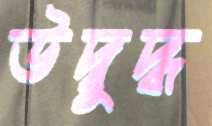
উদ্বুদ্ধ